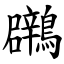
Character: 鸊